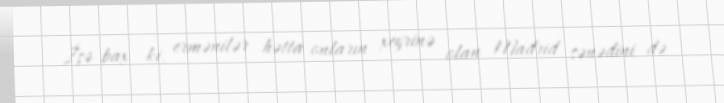
İşə bax ki, ermənilər hətta onların xeyrinə olan Madrid sənədini də